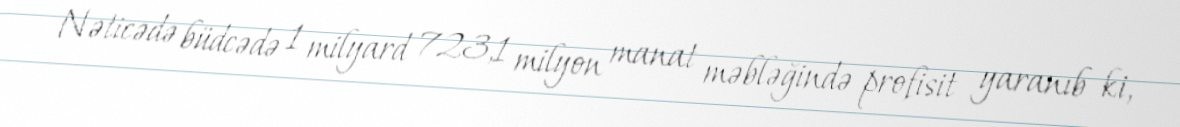
Nəticədə büdcədə 1 milyard 723,1 milyon manat məbləğində profisit yaranıb ki,